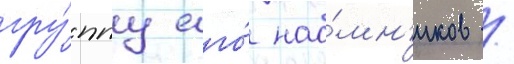
гру́ппу его́ нао́мн'иков /